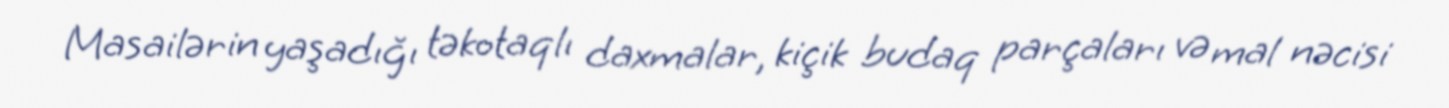
Masailərin yaşadığı təkotaqlı daxmalar, kiçik budaq parçaları və mal nəcisi